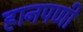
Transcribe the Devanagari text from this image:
हानपणी